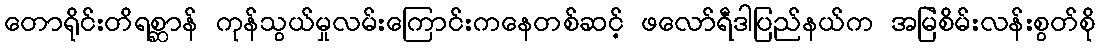
တောရိုင်းတိရစ္ဆာန် ကုန်သွယ်မှုလမ်းကြောင်းကနေတစ်ဆင့် ဖလော်ရီဒါပြည်နယ်က အမြဲစိမ်းလန်းစွတ်စို